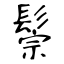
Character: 鬃